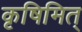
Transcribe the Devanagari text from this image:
कृषिमित्